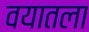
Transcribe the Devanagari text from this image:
वयातला